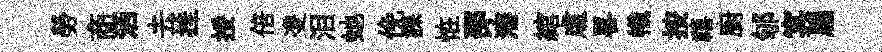
勞商洒去挂挼倍㕠泪虵俛課恠邵瀋綰䖏畧幟按禧廚郇㝠扁